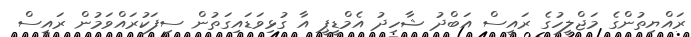
ރައްޔިތުންގެ މަޖްލީހުގެ ރައީސް އަބްދު ޝާހިދު އެމްޑީޕީ އާ ގުޅިވަޑައިގަތުން ސިފަކުރައްވަމުން ރައީސް